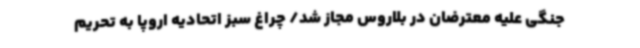
جنگی علیه معترضان در بلاروس مجاز شد/ چراغ سبز اتحادیه اروپا به تحریم